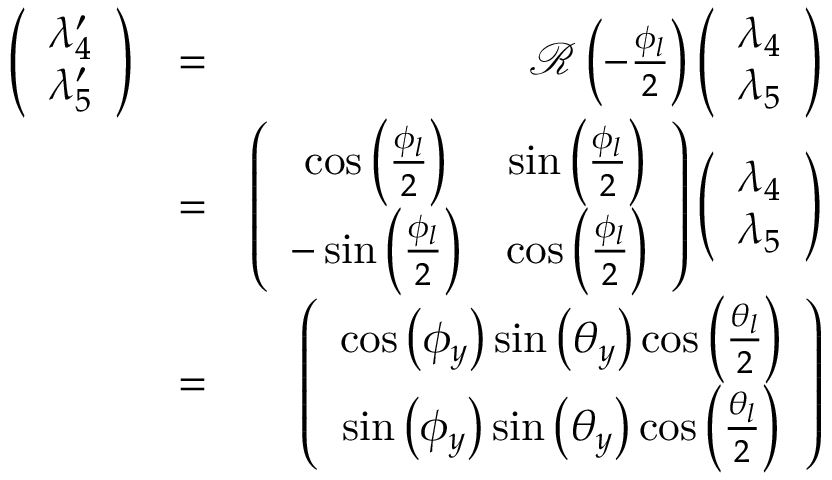
\begin{array} { r l r } { \left( \begin{array} { c } { \lambda _ { 4 } ^ { \prime } } \\ { \lambda _ { 5 } ^ { \prime } } \end{array} \right) } & { = } & { { \mathcal R } \left( - \frac { \phi _ { l } } { 2 } \right) \left( \begin{array} { c } { \lambda _ { 4 } } \\ { \lambda _ { 5 } } \end{array} \right) } \\ & { = } & { \left( \begin{array} { c c } { \cos \left( \frac { \phi _ { l } } { 2 } \right) } & { \sin \left( \frac { \phi _ { l } } { 2 } \right) } \\ { - \sin \left( \frac { \phi _ { l } } { 2 } \right) } & { \cos \left( \frac { \phi _ { l } } { 2 } \right) } \end{array} \right) \left( \begin{array} { c } { \lambda _ { 4 } } \\ { \lambda _ { 5 } } \end{array} \right) } \\ & { = } & { \left( \begin{array} { c } { \cos \left( \phi _ { y } \right) \sin \left( \theta _ { y } \right) \cos \left( \frac { \theta _ { l } } { 2 } \right) } \\ { \sin \left( \phi _ { y } \right) \sin \left( \theta _ { y } \right) \cos \left( \frac { \theta _ { l } } { 2 } \right) } \end{array} \right) } \end{array}